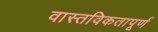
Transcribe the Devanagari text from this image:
वास्तविकतापूर्ण